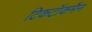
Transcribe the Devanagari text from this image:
टिकटॉकमैन